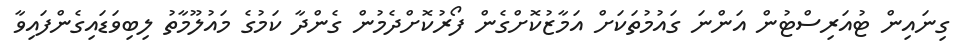
ގިނައިން ޓުއަރިސްޓުން އަންނަ ގައުމުތަކަށް އަމާޒުކޮށްގެން ފޯރުކޮށްދެމުން ގެންދާ ކަމުގެ މައުލޫމާތު ލިބިވަޑައިގެންފައިވާ